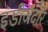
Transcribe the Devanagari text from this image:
इंडीजदौरे